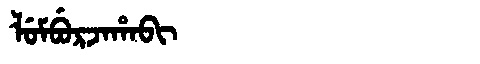
Manchu: ᠯᡠᠮᠪᡠᡵᠵᠠᡥᠠᠪᡳ
Romanization: LUMBURJAHABI